Vaccine operations Central Provinces 1886-1899 - 1886-1899
Year: 1886
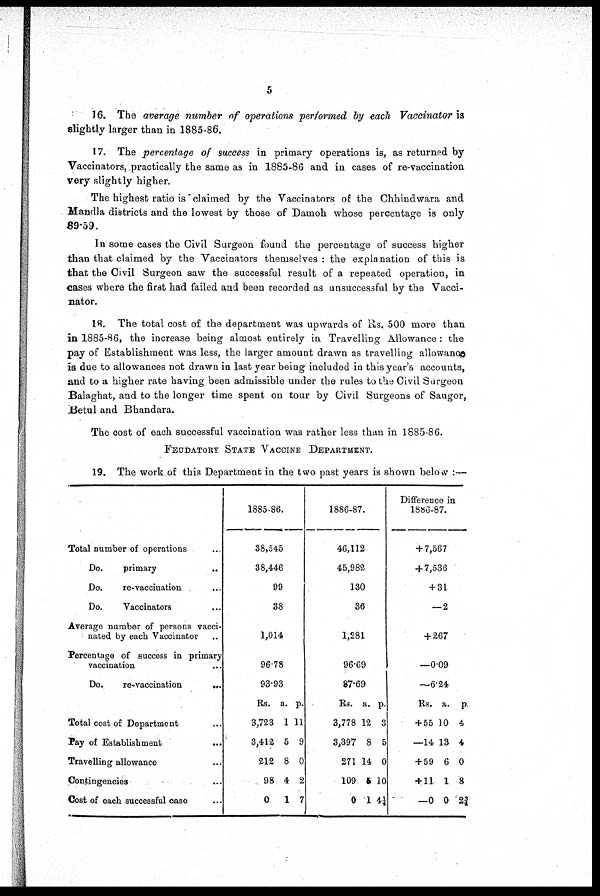
5
16. The average number of operations performed by each Vaccinator is
slightly larger than in 1885-86.
17. The percentage of success in primary operations is, as returned by
Vaccinators, practically the same as in 1885-86 and in cases of re-vaccination
very slightly higher.
The highest ratio is claimed by the Vaccinators of the Chhindwara and
Mandla districts and the lowest by those of Damoh whose percentage is only
89.59.
In some cases the Civil Surgeon found the percentage of success higher
than that claimed by the Vaccinators themselves : the explanation of this is
that the Civil Surgeon saw the successful result of a repeated operation, in
cases where the first had failed and been recorded as unsuccessful by the Vacci-
nator.
18. The total cost of the department was upwards of Rs. 500 more than
in 1885-86, the increase being almost entirely in Travelling Allowance: the
pay of Establishment was less, the larger amount drawn as travelling allowance
is due to allowances not drawn in last year being included in this year's accounts,
and to a higher rate having been admissible under the rules to the Civil Surgeon
Balaghat, and to the longer time spent on tour by Civil Surgeons of Saugor,
Betul and Bhandara.
The cost of each successful vaccination was rather less than in 1885-86.
FEUDATORY STATE VACCINE DEPARTMENT.
19. The work of this Department in the two past years is shown below :—
Total number of operations ...
Do.
primary
...
Do.
re-vaccination ...
Do.
Vaccinators ...
Average number of persons vacci-
nated by each Vaccinator ...
Percentage of success in primary
vaccination ...
Do.
re-vaccination
...
Total cost of Department ...
Pay of Establishment
...
Travelling allowance ...
Contingencies ...
Cost of each successful case ...
1885-86.
88,545
38,446
99
38
1,014
96.78
93.93
Rs.
3,723
3,412
212
98
0
a.
1
5
8
4
1
p.
11
9
0
2
7
1886-87.
46,112
45,982
130
36
1,281
96.69
87.69
Rs.
3,778
3,397
271
109
0
a.
12
8
14
0
1
p.
3
5
0
10
4¼
Difference in
1886-87.
+ 7,567
+ 7,536
+ 31
—2
+ 267
—0.09
—6.24
Rs.
+ 55
—14
+ 59
+ 11
—0
a.
10
13
6
1
0
p.
4
4
0
8
2¾